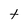
Character: t